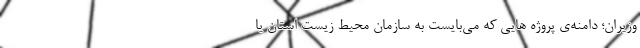
وزیران؛ دامنه‌ی پروژه هایی که می‌بایست به سازمان محیط زیست استان یا